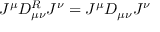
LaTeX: J ^ { \mu } D _ { \mu \nu } ^ { R } J ^ { \nu } = J ^ { \mu } D _ { \mu \nu } J ^ { \nu }